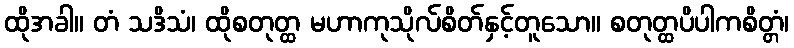
ထိုအခါ။ တံ သဒိသံ၊ ထိုစတုတ္ထ မဟာကုသိုလ်စိတ်နှင့်တူသော။ စတုတ္ထပိပါကစိတ္တံ၊